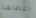
اعطاها